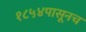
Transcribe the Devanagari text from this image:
१८५४पासूनच